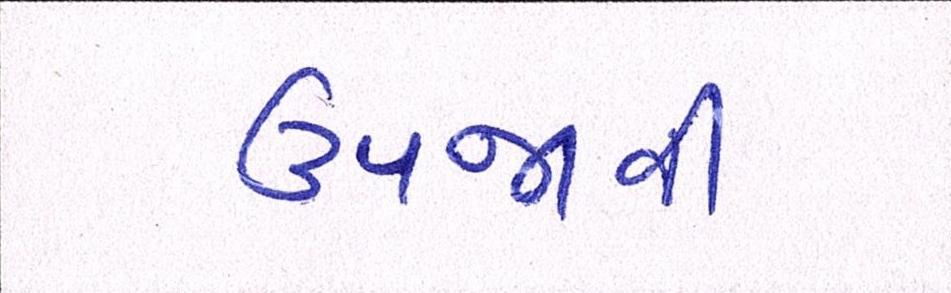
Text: ઉપજાવી